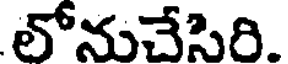
లోనుచేసిరి.